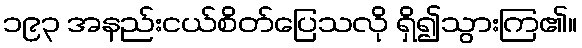
၁၉၃ အနည်းငယ်စိတ်ပြေသလို ရှိ၍သွားကြ၏။